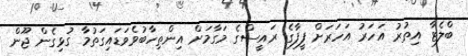
ބްލެޓާ އިތުރު އަހަރު އަހަރަށް ފީފާގެ ރައީސްގެ މަގާމަށް އިންތިހާބުވެވަޑައިގަތުމާ ގުޅިގެން ޖޫން